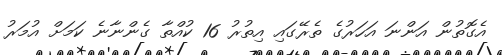
އެގޮތުން އަންނަ އަހަރުގެ ތެރޭގައި އިތުރު 16 ކުއްތާ ގެންނާނެ ކަމަށް އުމަރު